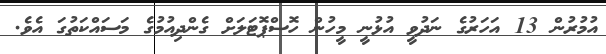
އުމުރުން 13 އަހަރުގެ ނަދުވީ އުޅުނީ މީހުން ހޮސްޕޮޓަލަށް ގެންދިއުމުގެ މަސައްކަތުގަ އެވެ.